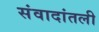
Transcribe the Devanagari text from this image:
संवादांतली